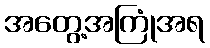
အတွေ့အကြုံအရ